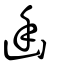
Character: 幽